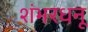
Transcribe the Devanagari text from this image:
शंभरधनू